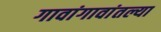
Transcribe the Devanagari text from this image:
गावांगावांतल्या